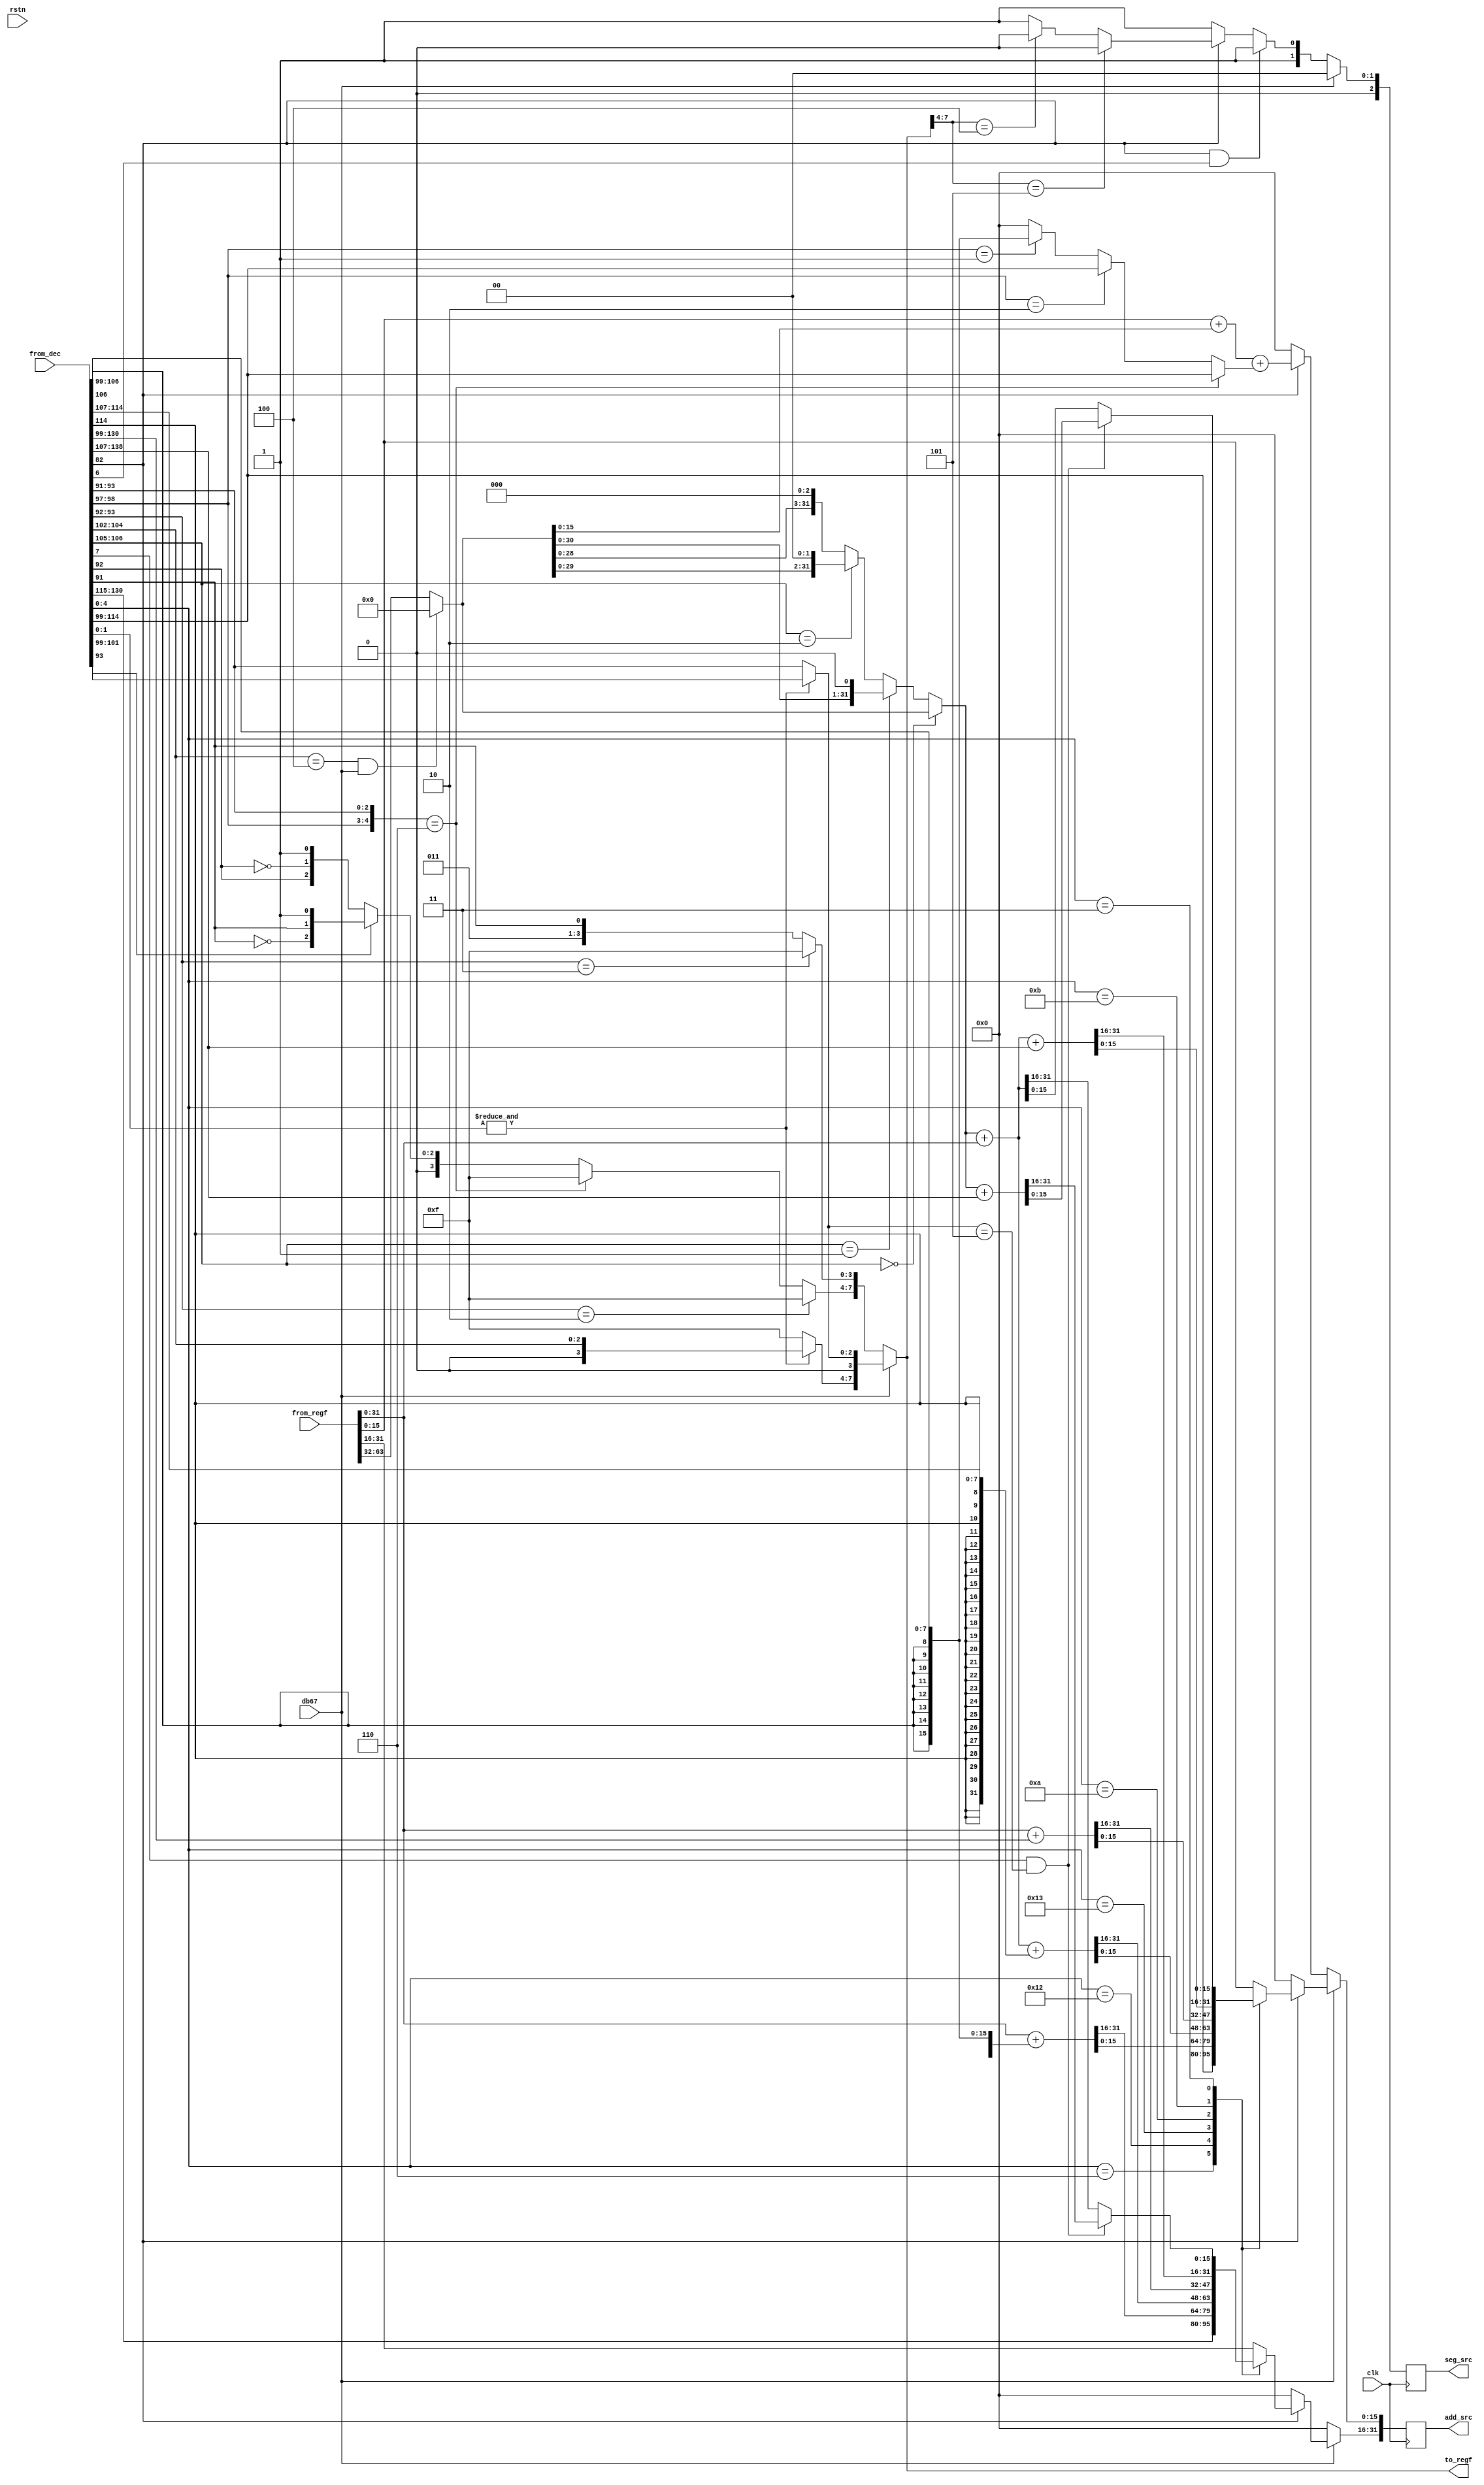
module acu (clk, rstn, add_src , to_regf , from_regf, from_dec, db67 , seg_src );

input clk, rstn;
input  [63:0] from_regf;       // base&index  register selected for address calculation
input  [128+1+1+73+8-1:0] from_dec;
input db67;

output reg  [2:0] seg_src;
output reg [31:0] add_src;    // adress to read from
output      [7:0] to_regf;    // base&index  select register for address calculation

wire   [7:0] indrm;          // Decoder intermediate input
wire  [72:0] indic;          // Decoder intermediate input
wire [127:0] in128;          // Decoder intermediate input
wire         sib_dec;        // Decoder intermediate input
wire         mod_dec;        // Decoder intermediate input
wire  [31:0] reg_base;
wire  [31:0] reg_index;
wire  [31:0] shf_index;
wire   [7:0] modrm,modrmr;
wire  [15:0] disp16;
wire  [7:0]  to_regf32,to_regf16;
reg          ov;

// Split from_deco bus
// 
assign {in128,mod_dec,sib_dec,indic,indrm}=from_dec;

// Select Base and index Register
//
assign modrm = in128[15:8];
assign to_regf = db67 ? to_regf32 : to_regf16;
assign to_regf32[3:0] = (&indrm[1:0]) ? {1'b0,in128[18:16]} : {1'b0,in128[10:8]};
assign to_regf32[7:4] = (&indrm[1:0]) ? {1'b0,in128[21:19]} : {4'b1111         };

assign disp16 = ({modrm[7:6],modrm[2:0]}==5'b00110) ? in128[31:16] :
                ({modrm[7:6]}==2'b10) ? in128[31:16] :
                ({modrm[7:6]}==2'b01) ? {{8{in128[23]}},in128[23:16]} :
		16'b0;

assign to_regf16[3:0] = (modrm[2:1]==2'b11) ? {4'b1111} : {1'b0,2'b11,modrm[0]} ;
assign to_regf16[7:4] = ( modrm[2:1]             == 2'b10   ) ? {4'b1111} :
                        ({modrm[7:6],modrm[2:0]} == 5'b00110) ? {4'b1111} :
                        (modrm[2]==1'b0) ? {1'b0, modrm[1], ~modrm[1],1'b1} :
         		                   {1'b0, ~modrm[0], modrm[0],1'b1} ;

assign reg_base     = from_regf[31: 0];     
assign reg_index    = ((in128[21:19]==4)&&(db67==1)) ? 0 : from_regf[63:32]; // ESP is illegal index 
assign shf_index    = (in128[23:22]==0) ?   reg_index             :
                      (in128[23:22]==1) ?  {reg_index[30:0],1'b0} :
                      (in128[23:22]==2) ?  {reg_index[29:0],2'b0} :
                                           {reg_index[28:0],3'b0} ;

// Put in FFlops the address of memory location to be used for next operation
//

//always @(reg_base or reg_index or shf_index or in128 or mod_dec or indrm or disp16 or to_regf32 or to_regf or db67)
always @(posedge clk)
if (db67)
 begin
    seg_src <=0; 
    if (mod_dec)
     casex(indrm[4:0]) 
      5'b00110 : begin     add_src  <=                             in128[47:16] ; end  // 32bit only displc
      5'b10010 : begin {ov,add_src} <= reg_base + {{24{in128[23]}},in128[23:16]}; end  // no sib - 8bit displc
      5'b10011 : begin {ov,add_src} <= shf_index+ reg_base + {{24{in128[31]}},in128[31:24]}; end  //    sib - 8bit displc
      5'b01010 : begin {ov,add_src} <=            reg_base +       in128[47:16] ; end  // no sib - 32bit displc
      5'b01011 : begin {ov,add_src} <= shf_index+ reg_base +       in128[55:24] ; end  //    sib - 32bit displc
      
      5'b00011 : if ((indrm[7]==1)&&(to_regf32[3:0]==4'b0101))
                 begin {ov,add_src} <= shf_index+                  in128[55:24] ; end  //    sib - 32bit displc only
            else begin {ov,add_src} <= shf_index+ reg_base                      ; end  //    sib - no displc displc
      
      5'b00010 : begin     add_src  <=            reg_base                      ; end  //    no sib - no displc - only base
      default  : begin     add_src  <=            reg_base                      ; end
     endcase 
    else begin add_src <=0; ov <=0; end
 end
else
 begin   if ((mod_dec&indrm[6]) == 1) seg_src <= 3'b011;
    else if (     mod_dec == 0      ) seg_src <= 3'b011;
    else if (to_regf[7:4] == 4'b0101) seg_src <= 3'b010; 
    else if (to_regf[7:4] == 4'b0100) seg_src <= 3'b010;     
    else seg_src <= 3'b011; 
    ov <=0;
    if (mod_dec)
      begin 
        add_src[15:0]  <= reg_base[15:0] + reg_index[15:0] + disp16; 
	    add_src[31:16] <= 16'b0 ; 
      end
    else add_src <=0;
 end

endmodule